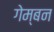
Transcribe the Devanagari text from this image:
गेम्बन